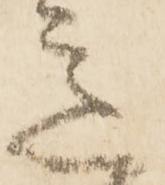
意